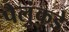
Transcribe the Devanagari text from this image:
पैलुंकडे